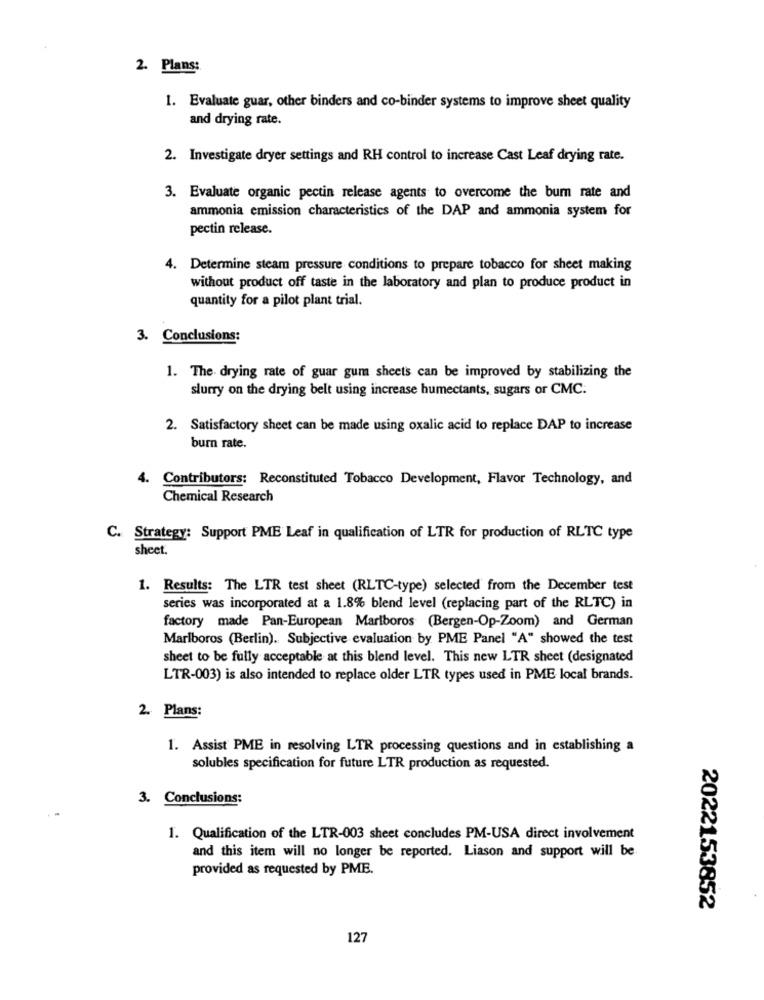
2. Plans:
1. Evaluate guar, other binders and co-binder systems to improve sheet quality
and drying rate.
2. Investigate dryer settings and RH control to increase Cast Leaf drying rate.
3. Evaluate organic pectin release agents to overcome the bum rate and
ammonia emission characteristics of the DAP and ammonia system for
pectin release.
4. Determine steam pressure conditions to prepare tobacco for sheet making
without product off taste in the laboratory and plan to produce product in
quantity for a pilot plant trial.
3. Conclusions:
1. The drying rate of guar gum sheets can be improved by stabilizing the
slurry on the drying belt using increase humectants, sugars or CMC.
2. Satisfactory sheet can be made using oxalic acid to replace DAP to increase
burn rate.
4. Contributors: Reconstituted Tobacco Development, Flavor Technology, and
Chemical Research
C. Strategy: Support PME Leaf in qualification of LTR for production of RLTC type
sheet.
1. Results: The LTR test sheet (RLTC-type) selected from the December test
series was incorporated at a 1.8% blend level (replacing part of the RLTC) in
factory made Pan-European Mariboros (Bergen-Op-Zoom) and German
Marlboros (Berlin). Subjective evaluation by PME Panel "A" showed the test
sheet to be fully acceptable at this blend level. This new LTR sheet (designated
LTR-003) is also intended to replace older LTR types used in PME local brands.
2. Plans:
1. Assist PME in resolving LTR processing questions and in establishing a
solubles specification for future LTR production as requested.
3. Conclusions:
1. Qualification of the LTR-003 sheet concludes PM-USA direct involvement
and this item will no longer be reported. Liason and support will be
provided as requested by PME.
2022153852
127